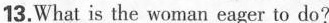
13.What is the woman eager to do?